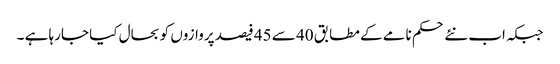
جبکہ اب نئے حکم نامے کے مطابق 40 سے 45 فیصد پروازوں کو بحال کیا جارہا ہے ۔